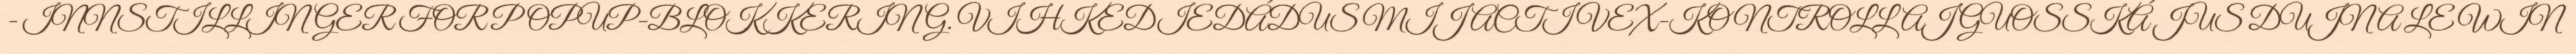
- INNSTILLINGER FOR POPUP-BLOKKERING. VIHKEDIEDÁDUS MIJ ACTIVEX-KONTROLLAJ GUOSSKÁ JUS DUJNA LE WIN